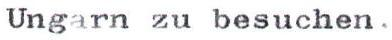
Ungarn zu besuchen.